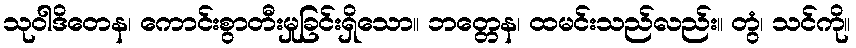
သုဝါဒိတေန၊ ကောင်းစွာတီးမှုခြင်းရှိသော။ ဘတ္တေန၊ ထမင်းသည်လည်း။ တွံ၊ သင်ကို။